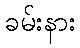
ခမ်းနား